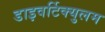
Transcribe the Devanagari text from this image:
डाइवर्टिक्युलम